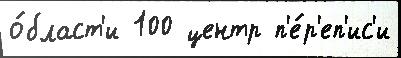
о́бласт'и 100 центр п'е́р'еп'ис'и